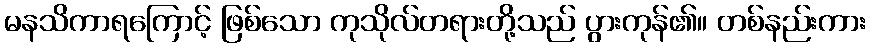
မနသိကာရကြောင့် ဖြစ်သော ကုသိုလ်တရားတို့သည် ပွားကုန်၏။ တစ်နည်းကား